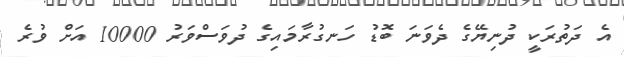
އެ ދަތުރަކީ ދުނިޔޭގެ ދެވަނަ ބޮޑު ހަނގުރާމައިގެ ދުވަސްވަރު 10000 އަށް ވުރެ